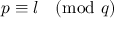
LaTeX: p \equiv l { \pmod { q } }